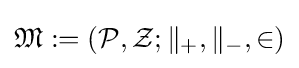
{\mathfrak {M}}:=({\mathcal {P}},{\mathcal {Z}};\parallel _{+},\parallel _{-},\in )